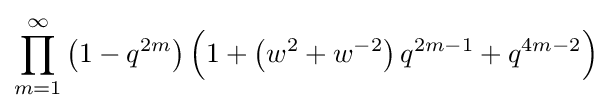
\prod _{m=1}^{\infty }\left(1-q^{2m}\right){\Big (}1+\left(w^{2}+w^{-2}\right)q^{2m-1}+q^{4m-2}{\Big )}